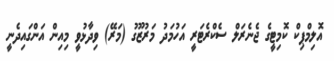
އޮލިމްޕިކް ކޮމިޓީގެ ޖެނެރަލް ސެކްރެޓަރީ އަހުމަދު މަރުޒޫގު (މަރޭ) ވިދާޅުވީ މިއިން އަންގައިދެނީ